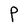
Character: P